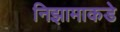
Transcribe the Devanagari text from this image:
निझामाकडे